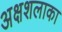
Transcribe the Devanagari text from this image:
अक्षशलाका